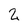
Character: 2